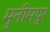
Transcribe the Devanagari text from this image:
मुनीमपुर